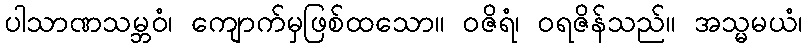
ပါသာဏသမ္ဘဝံ၊ ကျောက်မှဖြစ်ထသော။ ဝဇိရံ၊ ဝရဇိန်သည်။ အသ္မမယံ၊